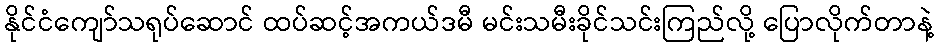
နိုင်ငံကျော်သရုပ်ဆောင် ထပ်ဆင့်အကယ်ဒမီ မင်းသမီးခိုင်သင်းကြည်လို့ ပြောလိုက်တာနဲ့